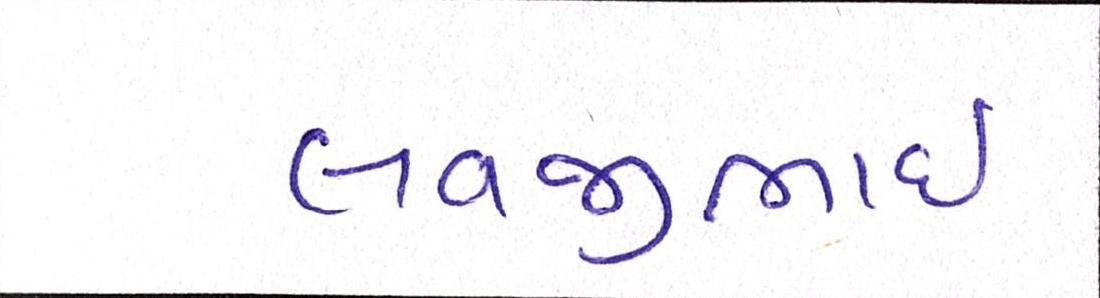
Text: લવજીભાઇ